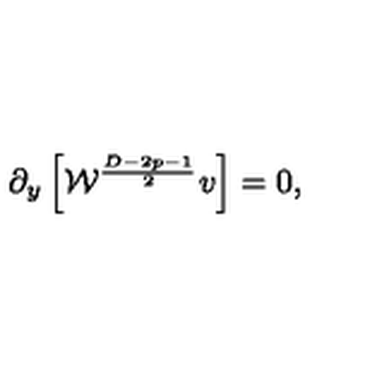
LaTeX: \partial _ { y } \left[ { \cal W } ^ { \frac { D - 2 p - 1 } { 2 } } v \right] = 0 ,